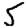
Digit: 5